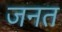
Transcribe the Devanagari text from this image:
जनत